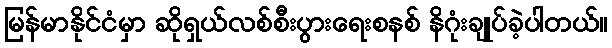
မြန်မာနိုင်ငံမှာ ဆိုရှယ်လစ်စီးပွားရေးစနစ် နိဂုံးချုပ်ခဲ့ပါတယ်။